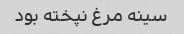
سینه مرغ نپخته بود